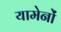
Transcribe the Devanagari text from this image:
यामेनों